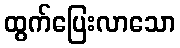
ထွက်ပြေးလာသော